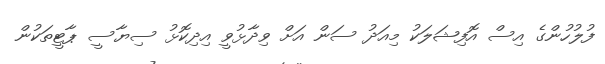
ފުލުހުންގެ އިސް އޮފިޝަލަކު މިއަދު ސަން އަށް ވިދާޅުވީ އިދިކޮޅު ސިޔާސީ ޕާޓީތަކުން